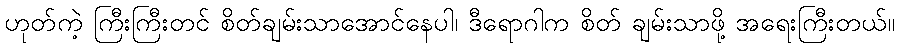
ဟုတ်ကဲ့ ကြီးကြီးတင် စိတ်ချမ်းသာအောင်နေပါ၊ ဒီရောဂါက စိတ် ချမ်းသာဖို့ အရေးကြီးတယ်။